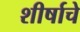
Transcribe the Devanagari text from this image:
शीर्षाचे